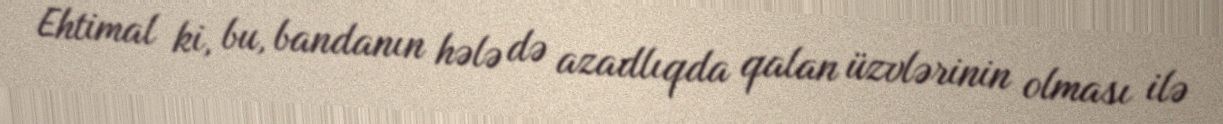
Ehtimal ki, bu, bandanın hələ də azadlıqda qalan üzvlərinin olması ilə